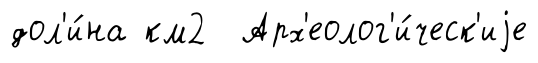
дол'и́на км2 Арх'еолог'и́ческ'иjе